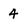
Character: 4